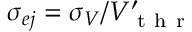
\sigma _ { e j } = \sigma _ { V } / V _ { \mathrm { ~ t ~ h ~ r ~ } } ^ { \prime }